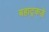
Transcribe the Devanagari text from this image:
बहाट्रकडे